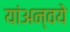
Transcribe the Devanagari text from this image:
यांअन्वये